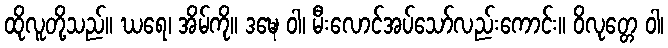
ထိုလူတို့သည်။ ဃရေ၊ အိမ်ကို။ ဒဍ္ဎေ ဝါ၊ မီးလောင်အပ်သော်လည်းကောင်း။ ဝိလုတ္တေ ဝါ၊